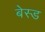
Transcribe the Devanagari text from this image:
बेस्‍ड